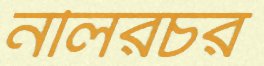
নলিরচর